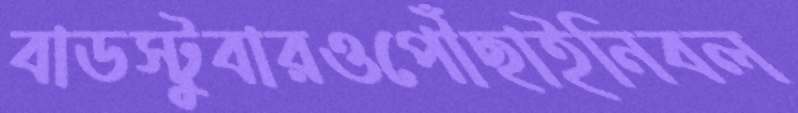
বাডস্টুবারওপৌঁছাইনিবল